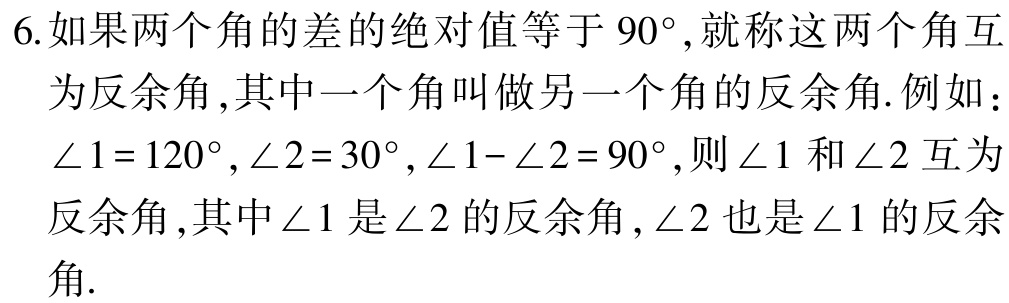
6.如果两个角的差的绝对值等于 \(90^{\circ}\),就称这两个角互为反余角,其中一个角叫做另一个角的反余角.例如：\(\angle 1 = 120^{\circ},\angle 2 = 30^{\circ},\angle 1-\angle 2 = 90^{\circ}\),则\(\angle 1\)和\(\angle 2\)互为反余角,其中\(\angle 1\)是\(\angle 2\)的反余角,\(\angle 2\)也是\(\angle 1\)的反余角.